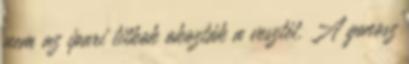
nem az ipari titkok okozták a vesztét. A gonosz